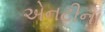
એનટીના